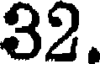
32.